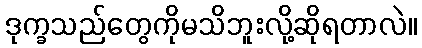
ဒုက္ခသည်တွေကိုမသိဘူးလို့ဆိုရတာလဲ။